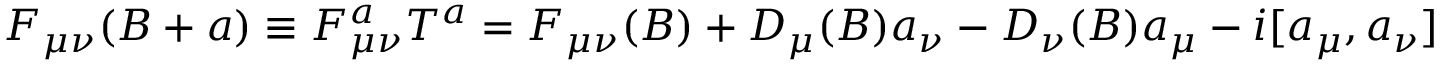
F _ { \mu \nu } ( B + a ) \equiv F _ { \mu \nu } ^ { a } T ^ { a } = F _ { \mu \nu } ( B ) + D _ { \mu } ( B ) a _ { \nu } - D _ { \nu } ( B ) a _ { \mu } - i [ a _ { \mu } , a _ { \nu } ]